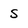
Character: S